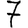
Digit: 7